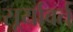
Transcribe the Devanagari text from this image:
सूर्यावर्त